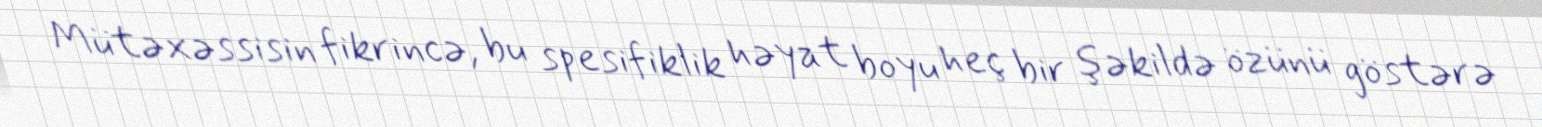
Mütəxəssisin fikrincə, bu spesifiklik həyat boyu heç bir şəkildə özünü göstərə